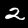
Label: 2